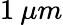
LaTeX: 1\: \mu m